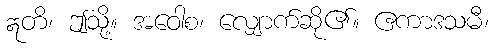
ဣတိ၊ ဤသို့။ အဝေါစ၊ လျှောက်ဆို၏။ ဧကာဒသမီ၊